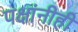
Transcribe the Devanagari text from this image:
पक्षांनीही